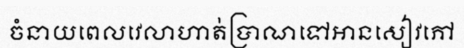
ចំនាយពេលវេលាហាត់ប្រាណទៅអានសៀវភៅ